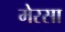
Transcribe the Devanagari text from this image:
मेरसा